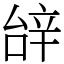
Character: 辝